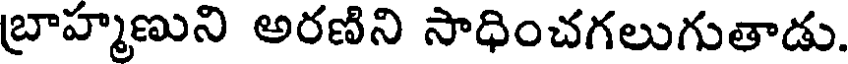
బ్రాహ్మణుని అరణిని సాధించగలుగుతాడు.